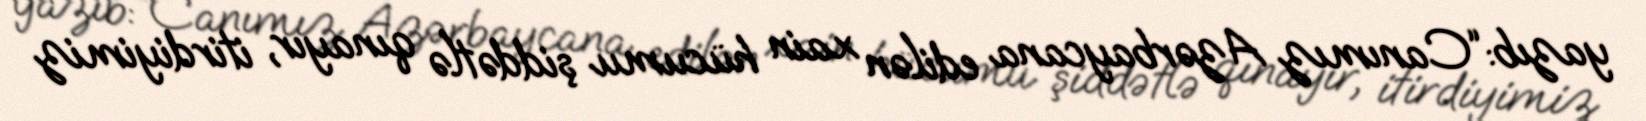
yazıb:“Canımız Azərbaycana edilən xain hücumu şiddətlə qınayır, itirdiyimiz